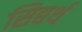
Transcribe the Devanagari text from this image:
सिद्यर्थ